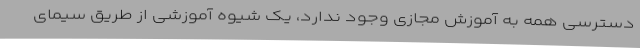
دسترسی همه به آموزش مجازی وجود ندارد، یک شیوه آموزشی از طریق سیمای